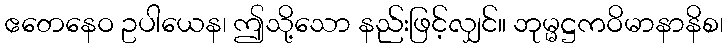
ဧတေနေဝ ဥပါယေန၊ ဤသို့သော နည်းဖြင့်လျှင်။ ဘုမ္မဋ္ဌကဝိမာနာနိစ၊